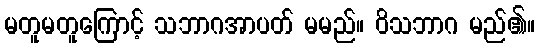
မတူမတူကြောင့် သဘာဂအာပတ် မမည်။ ဝိသဘာဂ မည်၏။